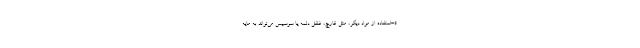
۵-استفاده از مواد دیگر، مثل قارچ، فلفل دلمه یا سوسیس می‌تواند به مایه